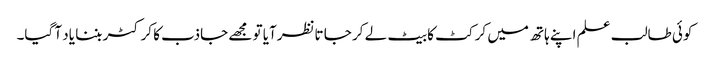
کوئی طالب علم اپنے ہاتھ میں کرکٹ کا بیٹ لے کر جا تانظرآیا تو مجھے جاذب کا کرکٹر بننا یاد آ گیا۔